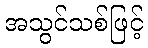
အသွင်သစ်ဖြင့်